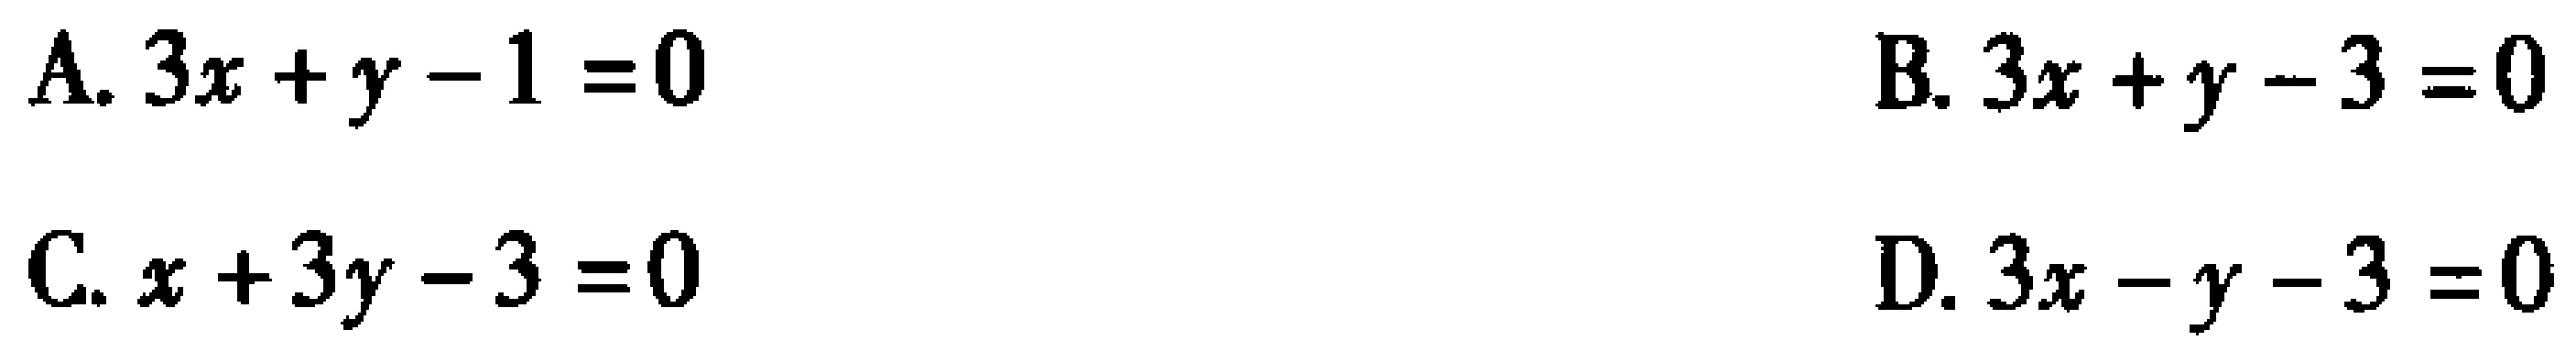
A. \(3x + y - 1 = 0\)
B. \(3x + y - 3 = 0\)
C. \(x + 3y - 3 = 0\)
D. \(3x - y - 3 = 0\)